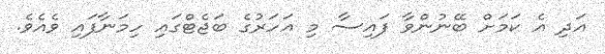
އަދި އެ ކަމަށް ބޭނުންވާ ފައިސާ މި އަހަރުގެ ބަޖެޓްގައި ހިމަނާފައި ވެއެވެ.